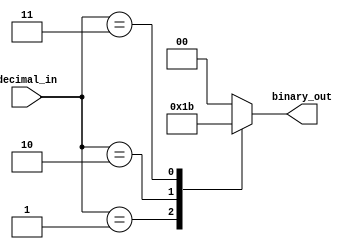
module priority_encoder (
    input [3:0] decimal_in,
    output reg [1:0] binary_out
);

always @* begin
    case(decimal_in)
        0: binary_out = 2'b00;
        1: binary_out = 2'b01;
        2: binary_out = 2'b10;
        3: binary_out = 2'b11;
        default: binary_out = 2'b00;
    endcase
end

endmodule